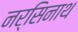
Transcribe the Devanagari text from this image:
नर्सिनाथ